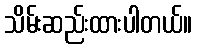
သိမ်းဆည်းထားပါတယ်။